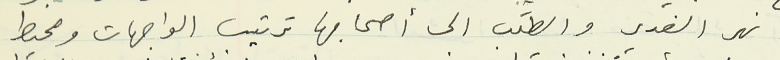
نهر الغدير والطلب الى أصحابها ترتيب الواجهات ومحيط